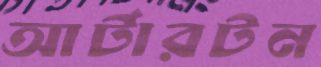
আর্টারটন